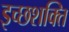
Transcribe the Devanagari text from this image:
इच्छशक्ति